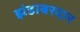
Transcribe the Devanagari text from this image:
झंडाबरदार